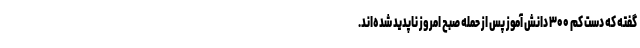
گفته که دست کم ۳۰۰ دانش آموز پس از حمله صبح امروز ناپدید شده‌اند.